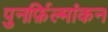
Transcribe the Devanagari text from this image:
पुनर्फ़िल्मांकन